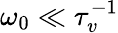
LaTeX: \omega_{0}\ll\tau_{v}^{-1}